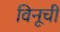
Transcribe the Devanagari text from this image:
विनूची